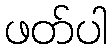
ဖတ်ပါ